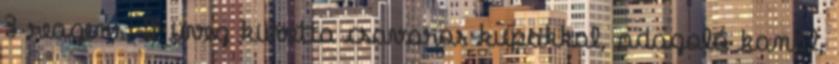
3 reagens, 2 üveg küvetta csavaros kupakkal, adagoló kanál,